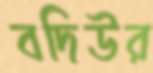
বদিউর